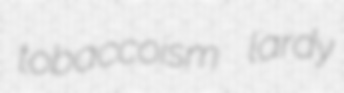
tobaccoism lardy